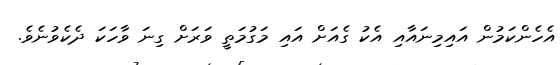
އެހެންކަމުން އައިމިނައާއި އެކު ގެއަށް އައި މަގުމަތީ ވަރަށް ގިނަ ވާހަކަ ދެކެވުނެވެ.